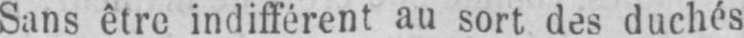
au sort des duchés